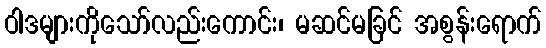
ဝါဒများကိုသော်လည်းကောင်း၊ မဆင်မခြင် အစွန်းရောက်